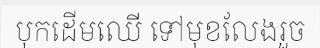
បុកដើមឈើ ទៅមុខលែងរួច